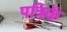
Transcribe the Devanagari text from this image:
पत्रिकें